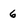
Character: 6